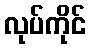
လုပ်ကိုင်